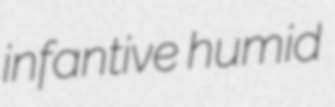
infantive humid